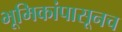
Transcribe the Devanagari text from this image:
भूमिकांपासूनच